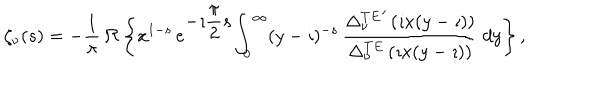
LaTeX: \begin{array} { c } { { \zeta _ { \nu } ( s ) = \displaystyle { - \frac { 1 } { \pi } } \, \Re \left\{ x ^ { 1 - s } \, e ^ { \displaystyle { - \imath \frac { \pi } { 2 } s } } \displaystyle { \int _ { 0 } ^ { \infty } } ( y - \imath ) ^ { - s } \, \displaystyle { \frac { { \Delta _ { \nu } ^ { T E } } ^ { \prime } \left( \imath x ( y - \imath ) \right) } { \Delta _ { \nu } ^ { T E } \left( \imath x ( y - \imath ) \right) } } \ d y \right\} , } } \\ \end{array}